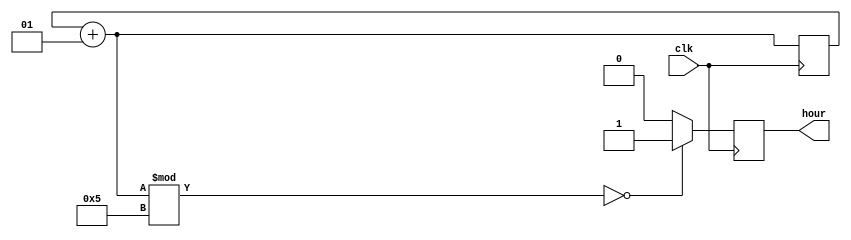
module clock #(parameter n = 5) (input clk, output reg hour);
    integer i;
    
    initial begin
        hour = 0;
        i = 0;
    end

    always @(posedge clk) begin
        i = i + 1;
        if (i % n == 0)
            hour = 1;
        else
            hour = 0;
    end
endmodule